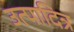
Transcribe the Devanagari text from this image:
उत्पादित्र